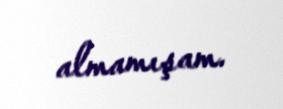
almamışam.